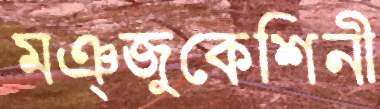
মঞ্জুকেশিনী